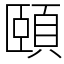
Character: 頤